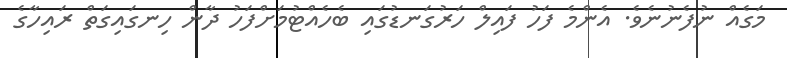
މަގެއް ނުފެނުނެވެ. އެންމެ ފަހު ފައިލް ހަރުގަނޑުގައި ބެހެއްޓުމަށްފަހު ދާން ހިނގައިގަތް ރައިހާގެ